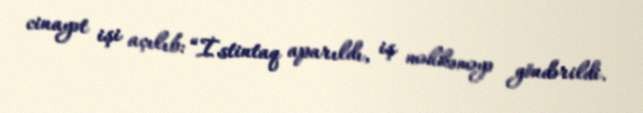
cinayət işi açılıb: “İstintaq aparıldı, iş məhkəməyə göndərildi.